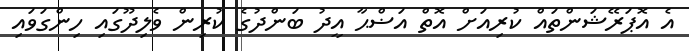
އެ އޮޕަރޭޝަންތައް ކުރިއަށް އޮތް އަޟްޙާ އީދު ބަންދުގެ ކުރިން ވެލިދޫގައި ހިންގަވައި